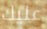
عليك